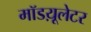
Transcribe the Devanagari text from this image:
मॉडय़ूलेटर